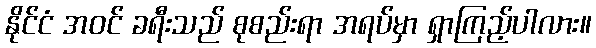
နိုင်ငံ အဝင် ခရီးသည် စုစည်းရာ အရပ်မှာ ရှာကြည့်ပါလား။